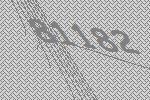
81182